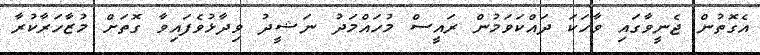
އެގޮތުން ޖެނީވާގައި ވާހަކަ ދައްކަވަމުން ރައީސް މުހައްމަދު ނަޝީދު ވިދާޅުވެފައިވާ ގޮތަށް މުޒާހަރާކުރާ